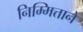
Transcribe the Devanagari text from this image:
निम्मित्ताने